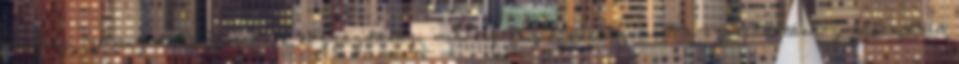
minőség Felhasznált erőforrások közgazdasági minőség Rizikómenedzsment a szolgáltatáshoz kapcsolódó